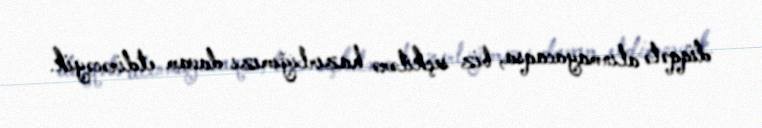
diqqətə alınmayacaqsa, biz seçkilərə hazırlığımızı davam etdirəcəyik.